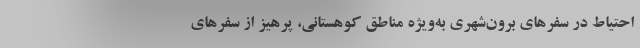
احتیاط در سفرهای برون‌شهری به‌ویژه مناطق کوهستانی، پرهیز از سفرهای